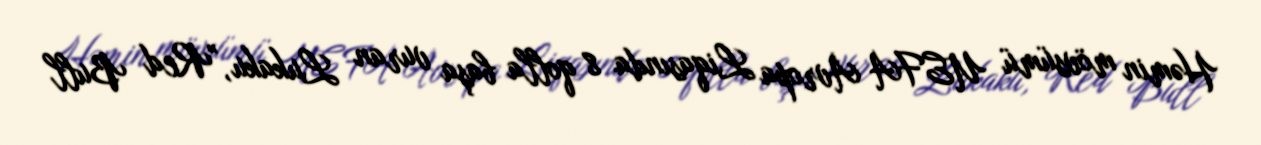
Həmin mövsümü UEFA Avropa Liqasında 8 qolla başa vuran Lukaku, "Red Bull